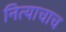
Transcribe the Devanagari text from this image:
नित्याचाच